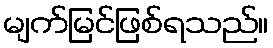
မျက်မြင်ဖြစ်ရသည်။